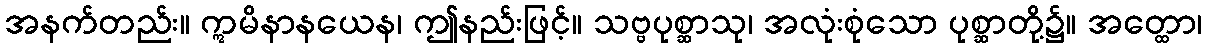
အနက်တည်း။ ဣမိနာနယေန၊ ဤနည်းဖြင့်။ သဗ္ဗပုစ္ဆာသု၊ အလုံးစုံသော ပုစ္ဆာတို့၌။ အတ္ထော၊